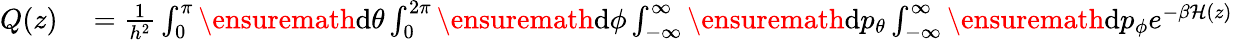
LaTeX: \begin{array}{rl}{Q(z)}&{{}=\frac{1}{h^{2}}\int_{0}^{\pi}\ensuremath{\mathrm{d}}\theta\int_{0}^{2\pi}\ensuremath{\mathrm{d}}\phi\int_{-\infty}^{\infty}\ensuremath{\mathrm{d}}p_{\theta}\int_{-\infty}^{\infty}\ensuremath{\mathrm{d}}p_{\phi}e^{-\beta\mathcal{H}(z)}}\end{array}